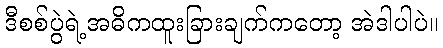
ဒီစစ်ပွဲရဲ့အဓိကထူးခြားချက်ကတော့ အဲဒါပါပဲ။